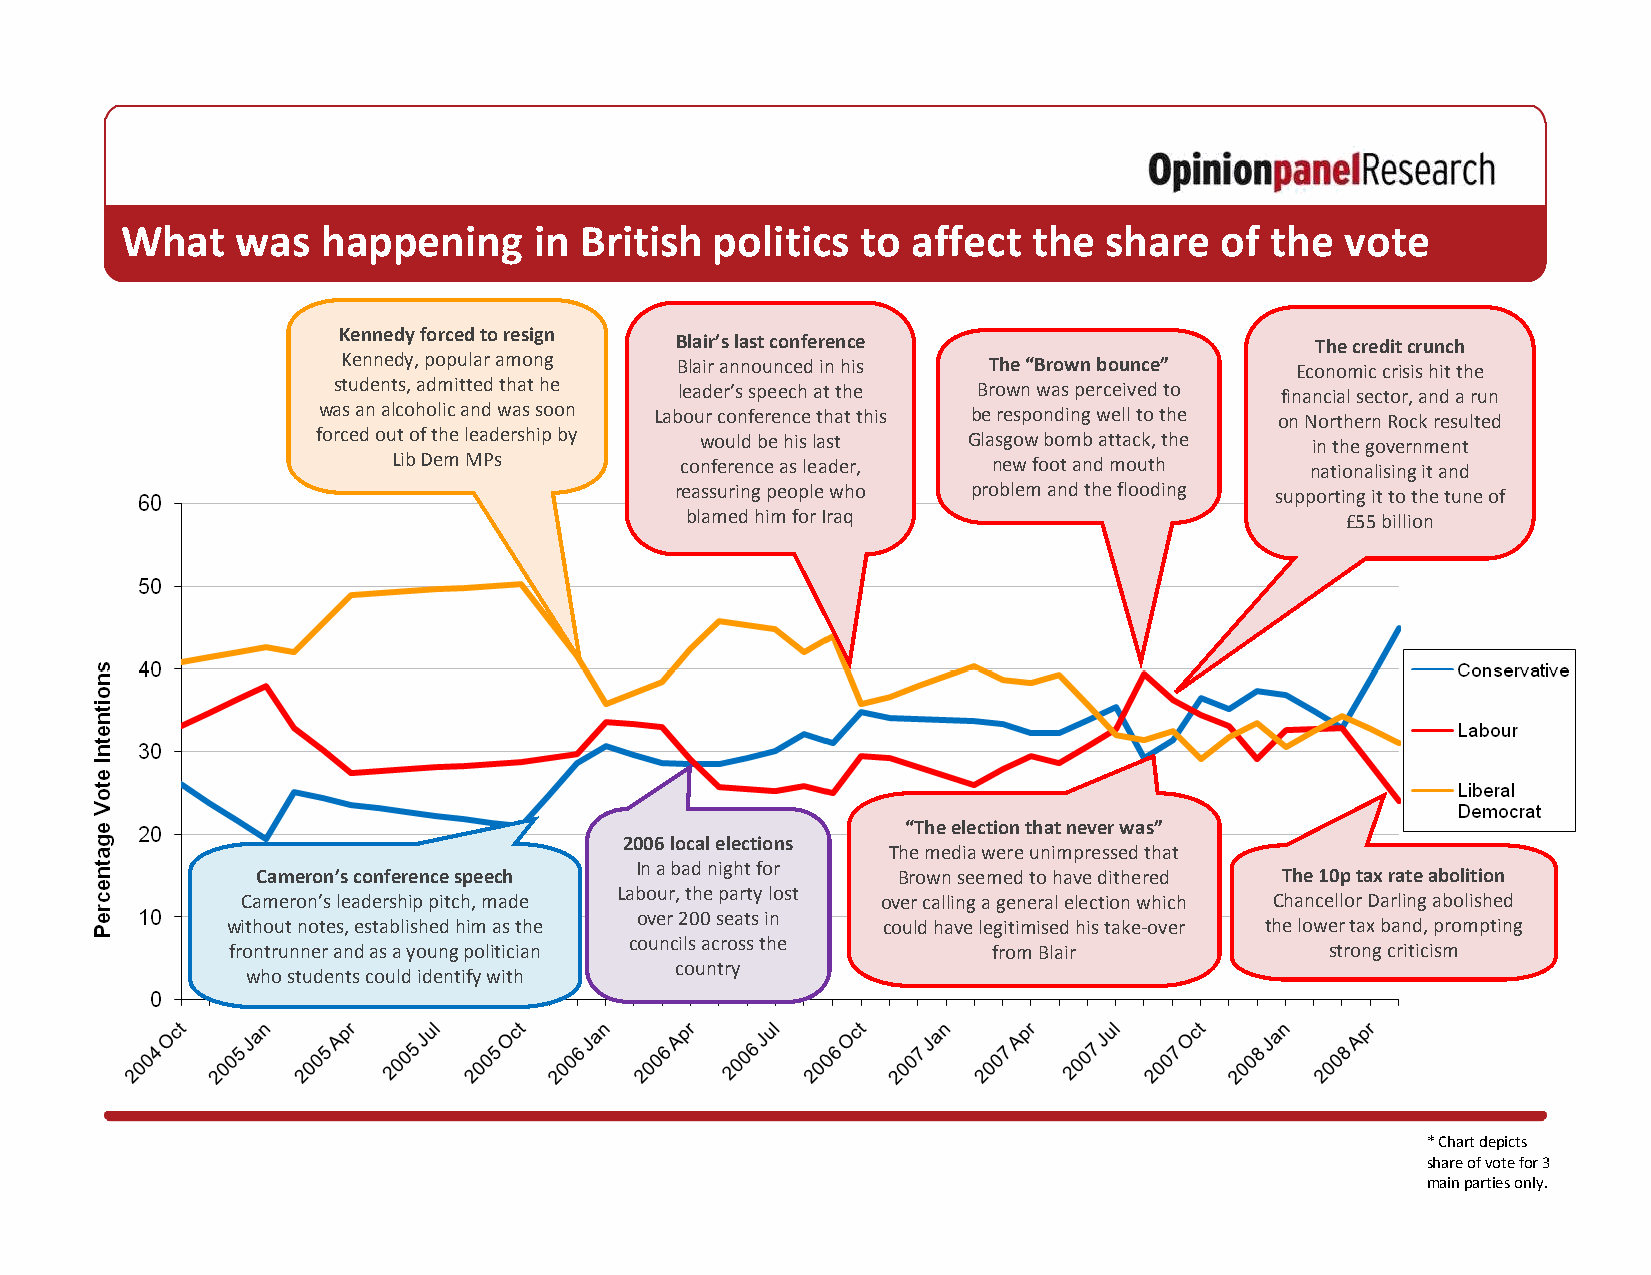
What    was  happening     in British  politics  to affect  the  share   of the  vote
 Kennedy forced to resign
 Blair’s last conference                   The credit crunch
 Kennedy, popular among Blair announced in his The “Brown bounce” Economic crisis hit the
 students, admitted that he leader’s speech at the Brown was perceived to financial sector, and a run
 was an alcoholic and was soon Labour conference that this be responding well to the on Northern Rock resulted
 forced out of the leadership by would be his last Glasgow bomb attack, the in the government
 Lib Dem MPs        conference as leader, new foot and mouth  nationalising it and
 reassuring people who problem and the flooding supporting it to the tune of
 blamed him for Iraq                         £55 billion
 “The election that never was”
 2006 local elections
 The media were unimpressed that
 In a bad night for
 Cameron’s conference speech               Brown seemed to have dithered The 10p tax rate abolition
 Labour, the party lost
 Cameron’s leadership pitch, made          over calling a general election which Chancellor Darling abolished
 over 200 seats in
 without notes, established him as the      could have legitimised his take-over the lower tax band, prompting
 councils across the
 frontrunner and as a young politician              from Blair            strong criticism
 country
 who students could identify with
 * Chart depicts
 share of vote for 3
 main parties only.